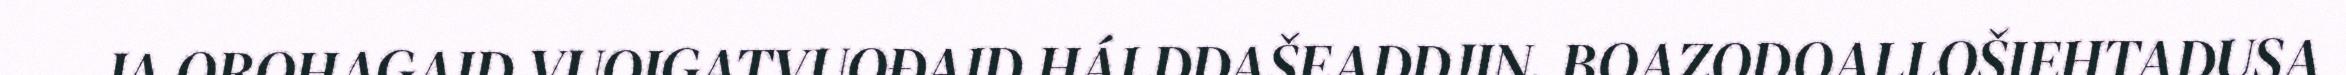
JA OROHAGAID VUOIGATVUOĐAID HÁLDDAŠEADDJIN. BOAZODOALLOŠIEHTADUSA